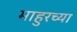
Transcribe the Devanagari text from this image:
माहुरच्या